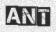
ANT